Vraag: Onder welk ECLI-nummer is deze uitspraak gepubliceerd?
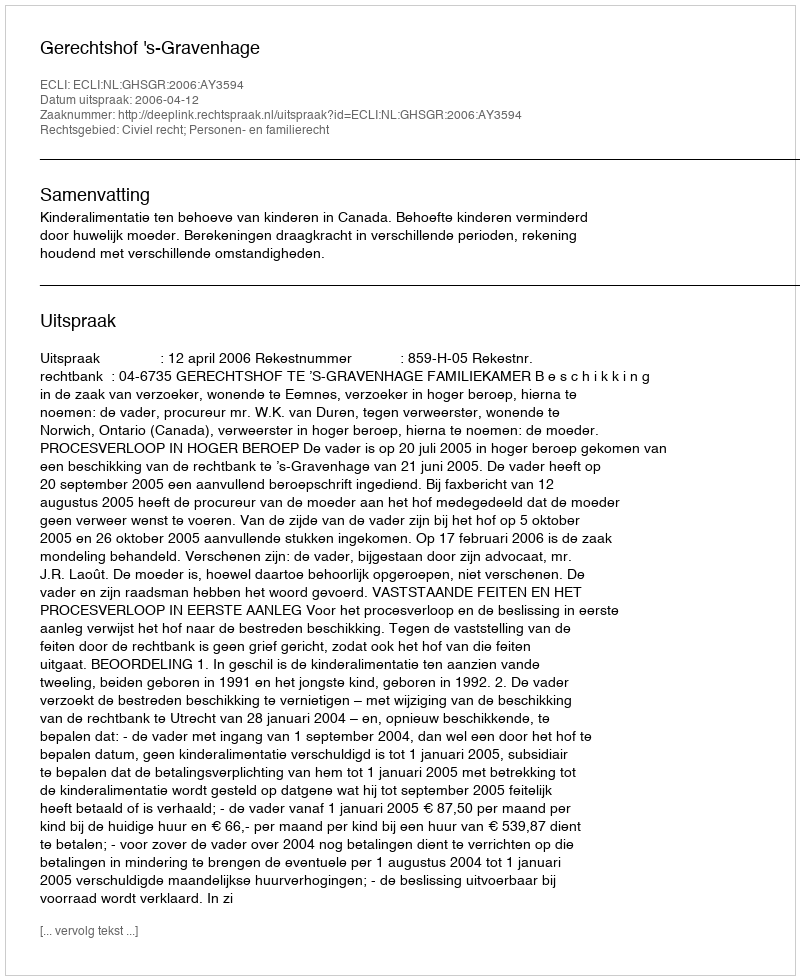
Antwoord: ECLI:NL:GHSGR:2006:AY3594